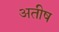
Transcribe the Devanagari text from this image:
अतीष